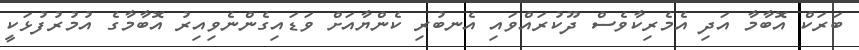
ބަރަކް އޮބާމާ އަދި އެމެރިކާވެސް ދޫކުރައްވައި އެނބުރި ކެންޔާއަށް ވަޑައިގެންނެވިއިރު އޮބާމާގެ އުމުރުފުޅަކީ